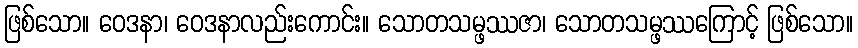
ဖြစ်သော။ ဝေဒနာ၊ ဝေဒနာလည်းကောင်း။ သောတသမ္ဖဿဇာ၊ သောတသမ္ဖဿကြောင့် ဖြစ်သော။